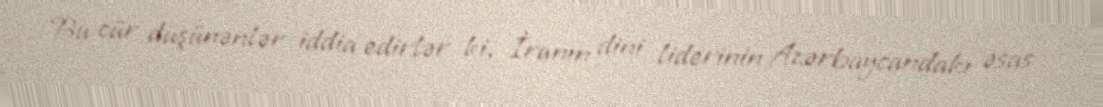
Bu cür düşünənlər iddia edirlər ki, İranın dini liderinin Azərbaycandakı əsas